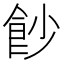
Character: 𩚙